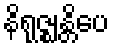
နိရုဇ္ဈန္တိပေ